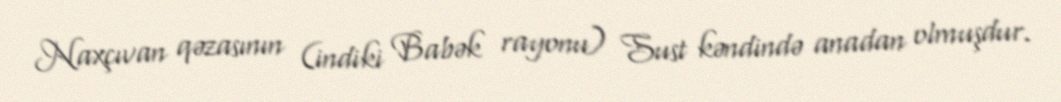
Naxçıvan qəzasının (indiki Babək rayonu) Sust kəndində anadan olmuşdur.